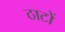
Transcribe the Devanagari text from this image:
ठाटों